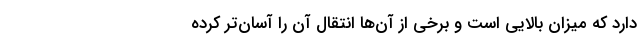
دارد که میزان بالایی است و برخی از آن‌ها انتقال آن را آسان‌تر کرده